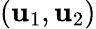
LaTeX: (\mathbf{u}_{1},\mathbf{u}_{2})